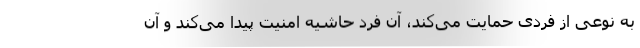
به نوعی از فردی حمایت می‌کند، آن فرد حاشیه امنیت پیدا می‌کند و آن